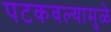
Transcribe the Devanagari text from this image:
पटकवल्यामुळे